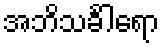
အဘိသင်္ခါရော